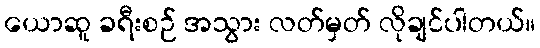
ယောဆူ ခရီးစဉ် အသွား လတ်မှတ် လိုချင်ပါတယ်။